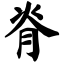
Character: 脊